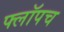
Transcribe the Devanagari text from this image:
फ्लॉपच